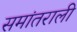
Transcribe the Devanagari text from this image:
समांतराली